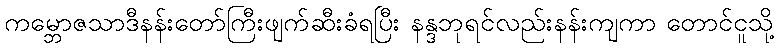
ကမ္ဘောဇသာဒီနန်းတော်ကြီးဖျက်ဆီးခံရပြီး နန္ဒဘုရင်လည်းနန်းကျကာ တောင်ငူသို့